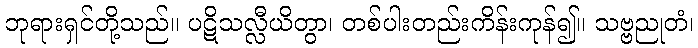
ဘုရားရှင်တို့သည်။ ပဋိသလ္လီယိတွာ၊ တစ်ပါးတည်းကိန်းကုန်၍။ သဗ္ဗညုတံ၊